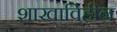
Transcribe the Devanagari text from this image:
शाखाविहीन